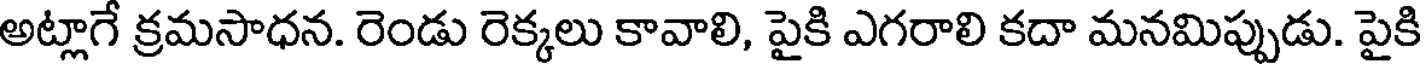
అట్లాగే క్రమసాధన. రెండు రెక్కలు కావాలి, పైకి ఎగరాలి కదా మనమిప్పుడు. పైకి